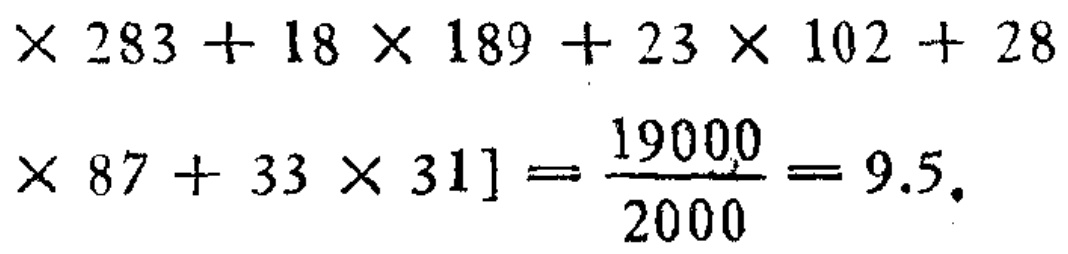
\[

\times 283 + 18\times 189 + 23\times 102 + 28\times 87 + 33\times 31] = \frac{19000}{2000}=9.5.

\]